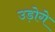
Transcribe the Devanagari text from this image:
उड़ोगे